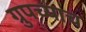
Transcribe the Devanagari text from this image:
ग्रुपच्याच